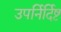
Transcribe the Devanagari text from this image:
उपर्निर्दिष्ट